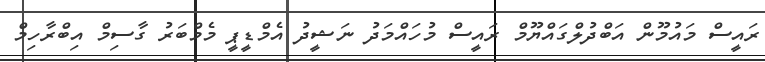
ރައީސް މައުމޫން އަބްދުލްގައްޔޫމް ރައީސް މުހައްމަދު ނަޝީދު އެމްޑީޕީ މެމްބަރު ގާސިމް އިބްރާހިމް